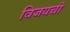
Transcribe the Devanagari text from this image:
विजयची